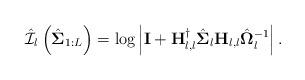
LaTeX: \begin{align*}\mathcal{\hat{I}}_{l}\left(\hat{\mathbf{\Sigma}}_{1:L}\right)=\textrm{log}\left|\mathbf{I}+\mathbf{H}_{l,l}^{\dagger}\hat{\mathbf{\Sigma}}_{l}\mathbf{H}_{l,l}\hat{\mathbf{\Omega}}_{l}^{-1}\right|.\end{align*}